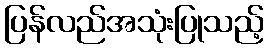
ပြန်လည်အသုံးပြုသည့်